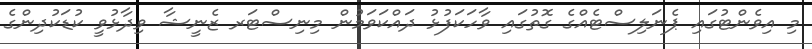
މި އިވެންޓުގައި ޕެނަލިސްޓެއްގެ ގޮތުގައި ވާހަކަފުޅު ދައްކަވަމުން މިނިސްޓަރ ޒެނީޝާ ވިދާޅުވީ ކުޑަކުދިންގެ